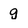
Character: g